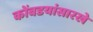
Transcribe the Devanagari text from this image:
कोंबडयांसारखे